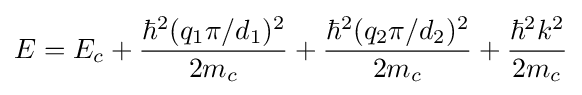
E=E_{c}+{\hbar ^{2}(q_{1}\pi /d_{1})^{2} \over 2m_{c}}+{\hbar ^{2}(q_{2}\pi /d_{2})^{2} \over 2m_{c}}+{\hbar ^{2}k^{2} \over 2m_{c}}